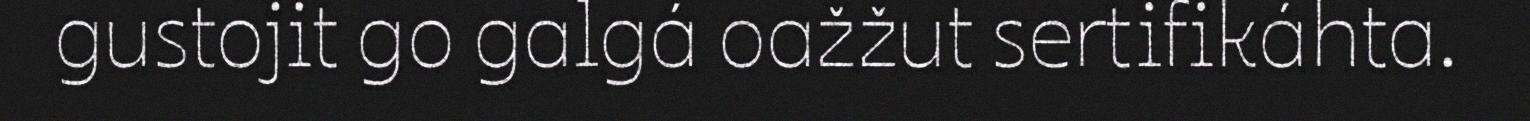
gustojit go galgá oažžut sertifikáhta.